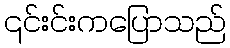
၎င်းင်းကပြောသည်